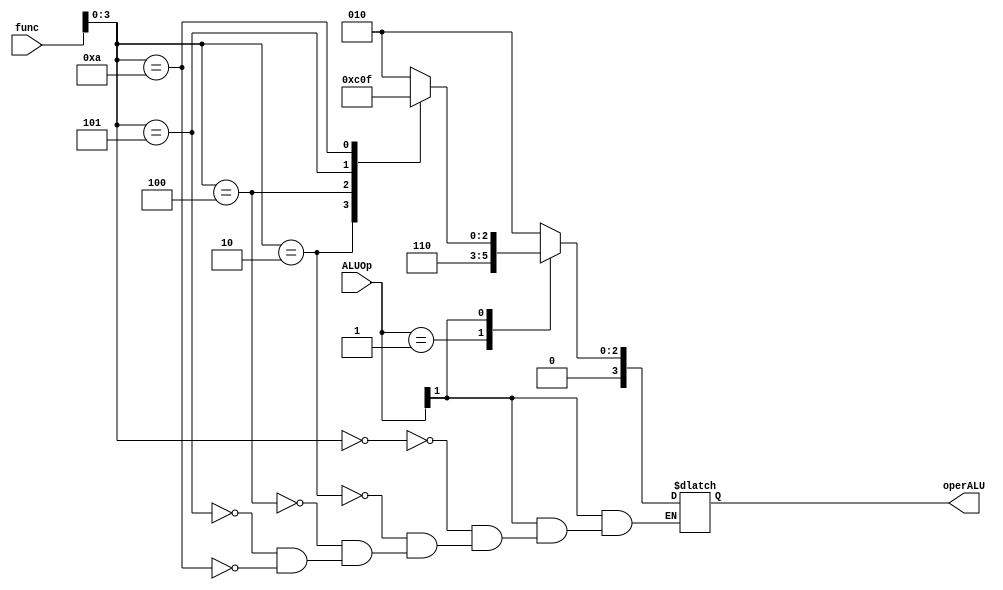
/////////////////////////////////////////////////////////////////////////////////////////////////////////////
//  ALU control unit for my MIPS32 implementation
//  
//
//  Written    : 11 Mar 2019
//
/////////////////////////////////////////////////////////////////////////////////////////////////////////////

module ALU_control_unit(
    func,
    ALUOp,
    operALU
);

    input           [5:0]   func;
    input           [1:0]   ALUOp;

  	output reg      [3:0]   operALU;
    
    always @ *
    begin
        casex(ALUOp)
            2'b00   :   operALU = 4'b0010;
            2'b01   :   operALU = 4'b0110;
            2'b1x   :   begin
                casex(func)
                    6'bxx0000   :   operALU = 4'b0010;
                    6'bxx0010   :   operALU = 4'b0110;
                    6'bxx0100   :   operALU = 4'b0000;
                    6'bxx0101   :   operALU = 4'b0001;
                    6'bxx1010   :   operALU = 4'b0111;
                endcase end
        endcase
    end

endmodule